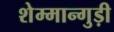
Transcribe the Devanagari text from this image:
शेम्मान्गुड़ी